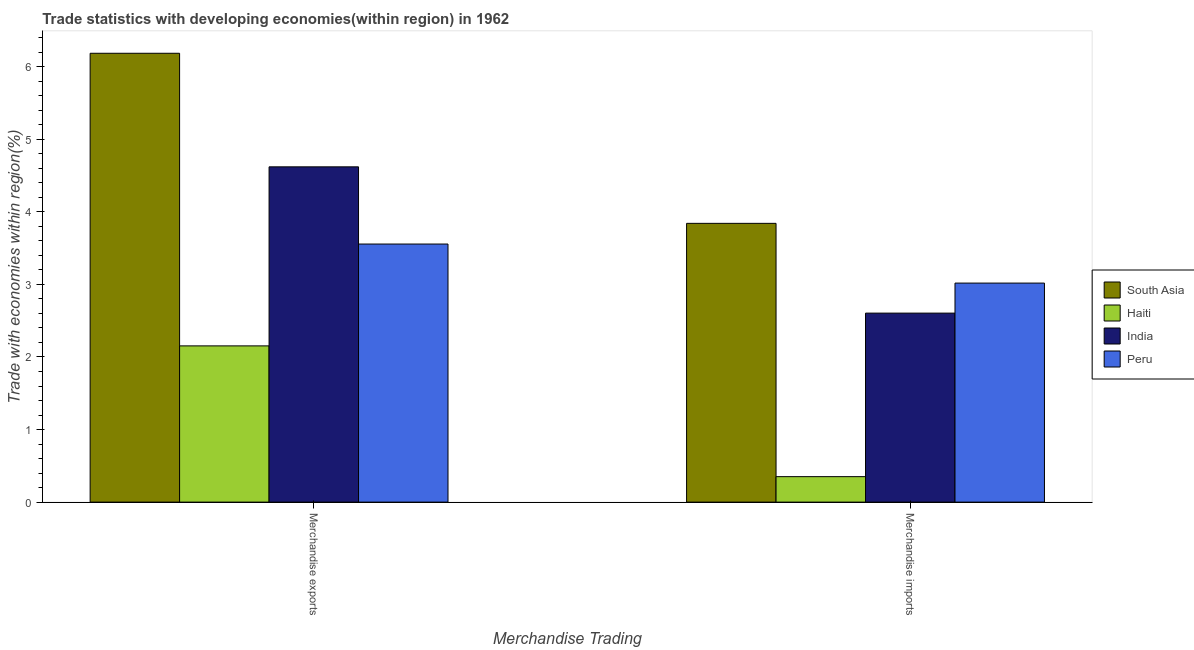
| Merchandise Trading | South Asia | Haiti | India | Peru |
 | --- | --- | --- | --- | --- |
 | Merchandise exports | 6.19 | 2.15 | 4.62 | 3.56 |
 | Merchandise imports | 3.84 | 0.351 | 2.6 | 3.02 |